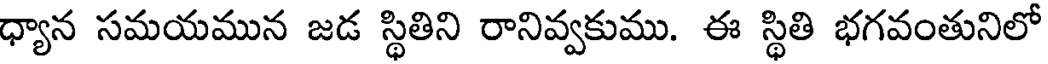
ధ్యాన సమయమున జడ స్థితిని రానివ్వకుము. ఈ స్థితి భగవంతునిలో